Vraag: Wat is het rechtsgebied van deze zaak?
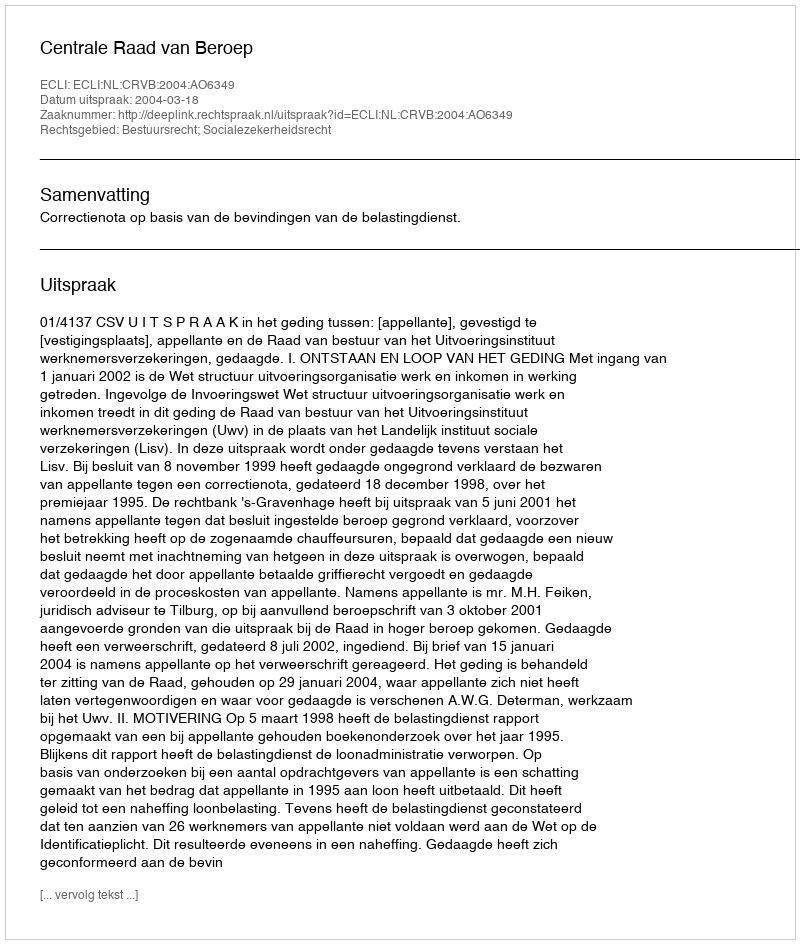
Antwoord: Bestuursrecht; Socialezekerheidsrecht